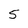
Character: 5